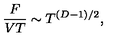
{ \frac { F } { V T } } \sim T ^ { ( D - 1 ) / 2 } ,